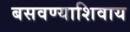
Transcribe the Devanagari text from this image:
बसवण्याशिवाय